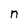
Character: n